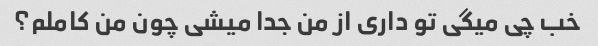
خب چی میگی تو داری از من جدا میشی چون من کاملم؟